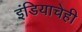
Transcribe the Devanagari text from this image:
इंडियाचेही